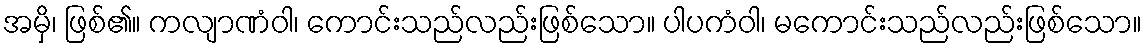
အမှိ၊ ဖြစ်၏။ ကလျာဏံဝါ၊ ကောင်းသည်လည်းဖြစ်သော။ ပါပကံဝါ၊ မကောင်းသည်လည်းဖြစ်သော။